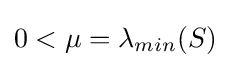
0<\mu =\lambda _{min}(S)